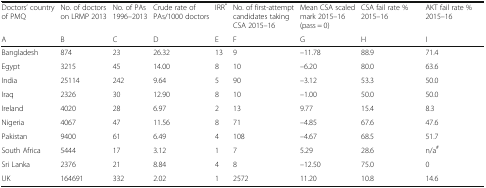
<table><thead><tr><td><b>Doctors’ country of PMQ</b></td><td><b>No. of doctors on LRMP 2013</b></td><td><b>No. of PAs 1996–2013</b></td><td><b>Crude rate of PAs/1000 doctors</b></td><td><b>IRR<sup>*</sup></b></td><td><b>No. of first-attempt candidates taking CSA 2015–16</b></td><td><b>Mean CSA scaled mark 2015–16 (pass = 0)</b></td><td><b>CSA fail rate % 2015–16</b></td><td><b>AKT fail rate % 2015–16</b></td></tr><tr><td><b>A</b></td><td><b>B</b></td><td><b>C</b></td><td><b>D</b></td><td><b>E</b></td><td><b>F</b></td><td><b>G</b></td><td><b>H</b></td><td><b>I</b></td></tr></thead><tbody><tr><td>Bangladesh</td><td>874</td><td>23</td><td>26.32</td><td>13</td><td>9</td><td>–11.78</td><td>88.9</td><td>71.4</td></tr><tr><td>Egypt</td><td>3215</td><td>45</td><td>14.00</td><td>8</td><td>10</td><td>–6.20</td><td>80.0</td><td>63.6</td></tr><tr><td>India</td><td>25114</td><td>242</td><td>9.64</td><td>5</td><td>90</td><td>–3.12</td><td>53.3</td><td>50.0</td></tr><tr><td>Iraq</td><td>2326</td><td>30</td><td>12.90</td><td>8</td><td>10</td><td>–1.00</td><td>50.0</td><td>50.0</td></tr><tr><td>Ireland</td><td>4020</td><td>28</td><td>6.97</td><td>2</td><td>13</td><td>9.77</td><td>15.4</td><td>8.3</td></tr><tr><td>Nigeria</td><td>4067</td><td>47</td><td>11.56</td><td>8</td><td>71</td><td>–4.85</td><td>67.6</td><td>47.6</td></tr><tr><td>Pakistan</td><td>9400</td><td>61</td><td>6.49</td><td>4</td><td>108</td><td>–4.67</td><td>68.5</td><td>51.7</td></tr><tr><td>South Africa</td><td>5444</td><td>17</td><td>3.12</td><td>1</td><td>7</td><td>5.29</td><td>28.6</td><td>n/a<sup>#</sup></td></tr><tr><td>Sri Lanka</td><td>2376</td><td>21</td><td>8.84</td><td>4</td><td>8</td><td>–12.50</td><td>75.0</td><td>0</td></tr><tr><td>UK</td><td>164691</td><td>332</td><td>2.02</td><td>1</td><td>2572</td><td>11.20</td><td>10.8</td><td>14.6</td></tr></tbody></table>